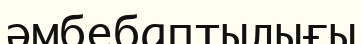
әмбебаптылығы